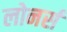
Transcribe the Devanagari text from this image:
लोनर्स